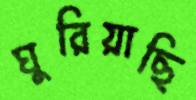
ঘুরিয়াছি